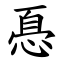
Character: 㥑